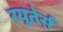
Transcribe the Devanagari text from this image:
रयूतेर्स